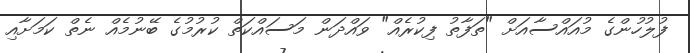
ފުލުހުންގެ މުއައްސާއަށް "ތަފާތު ފިކުރެއް" ވައްދަން މަސައްކަތް ކުރުމުގެ ބޭނުމެއް ނެތް ކަމަށާއި